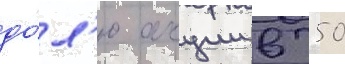
до́л'ю акции в 50